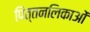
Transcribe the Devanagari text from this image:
पित्तनलिकाओं